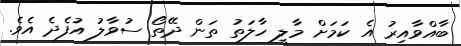
ބާއްވާއިރު އެ ކަމަށް މާލީ ހާލަތު ތަން ދޭތޯ ސުވާލު އުފެދެ އެވެ.